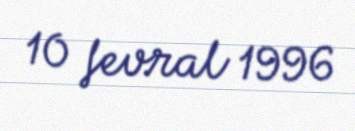
10 fevral 1996